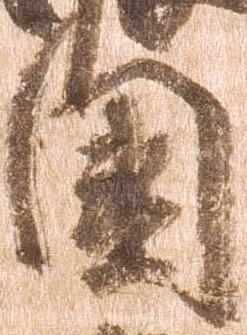
国